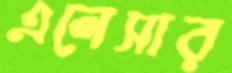
এলেসার